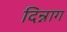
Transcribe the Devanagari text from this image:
दिन्नाग